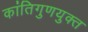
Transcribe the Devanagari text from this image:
कांतिगुणयुक्त